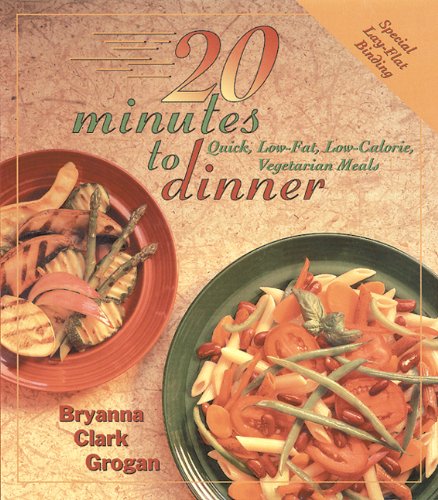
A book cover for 20 Minutes to Dinner: Quick, Low-Fat, Low-Calorie, Vegetarian Meals; Bryanna Clark Grogan; Health, Fitness & Dieting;